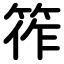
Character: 筰